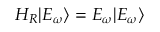
H _ { R } | { E _ { \omega } } \rangle = { E _ { { \omega } } } | { E _ { { \omega } } } \rangle